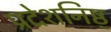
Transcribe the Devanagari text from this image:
प्रदेशनिष्ठ्